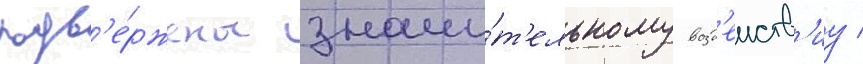
подв'е́ржены значи́т'ельному возд'еиств'иу /